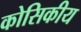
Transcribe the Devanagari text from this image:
कोसिकीय